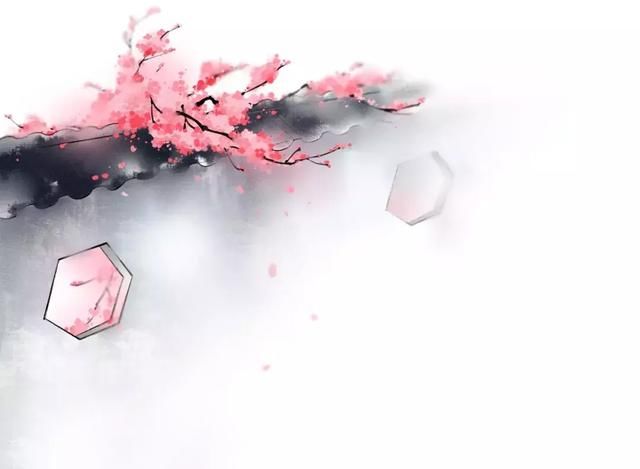
君行四月草萋萋，柳花桃花半委泥。